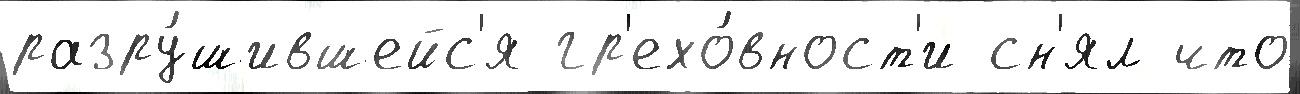
разру́шившейс'я гр'ехо́вност'и сн'ял что